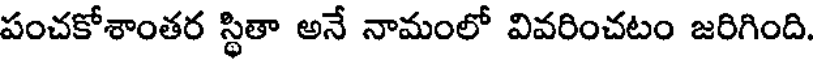
పంచకోశాంతర స్థితా అనే నామంలో వివరించటం జరిగింది.